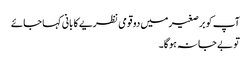
آپ کو برصغیر میں دو قومی نظریے کا بانی کہا جائے
تو بے جا نہ ہوگا۔